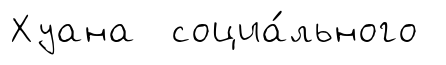
Хуана социа́льного